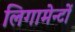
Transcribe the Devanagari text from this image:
लिगामेन्टों